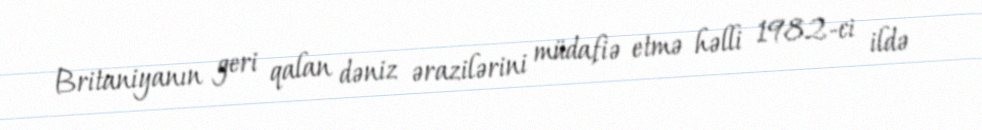
Britaniyanın geri qalan dəniz ərazilərini müdafiə etmə həlli 1982-ci ildə